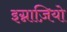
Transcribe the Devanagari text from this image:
इग्नाज़ियो